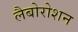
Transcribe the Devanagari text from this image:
लैबोरोशन